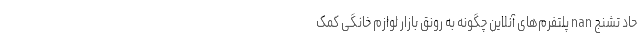
حاد تشنج nan پلتفرم‌های آنلاین چگونه به رونق بازار لوازم خانگی کمک